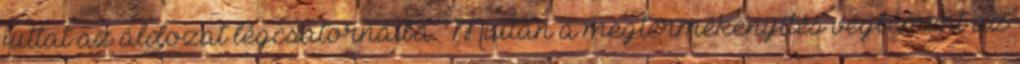
juttat az áldozat légcsatornáiba. Miután a megtermékenyítés végbement az